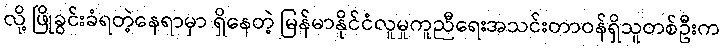
လို့ ဖြိုခွင်းခံရတဲ့နေရာမှာ ရှိနေတဲ့ မြန်မာနိုင်ငံလူမှုကူညီရေးအသင်းတာဝန်ရှိသူတစ်ဦးက